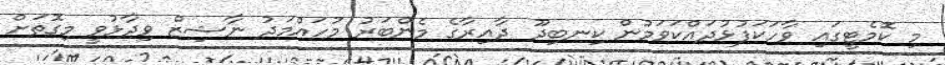
މި ކޮމެޓީގައި ވާހަކަފުޅުދައްކަވަމުން ކިނބިދޫ ދާއިރާގެ މެންބަރު މުހައްމަދު ނާޝިޒް ވިދާޅުވީ މިގޮތަށް